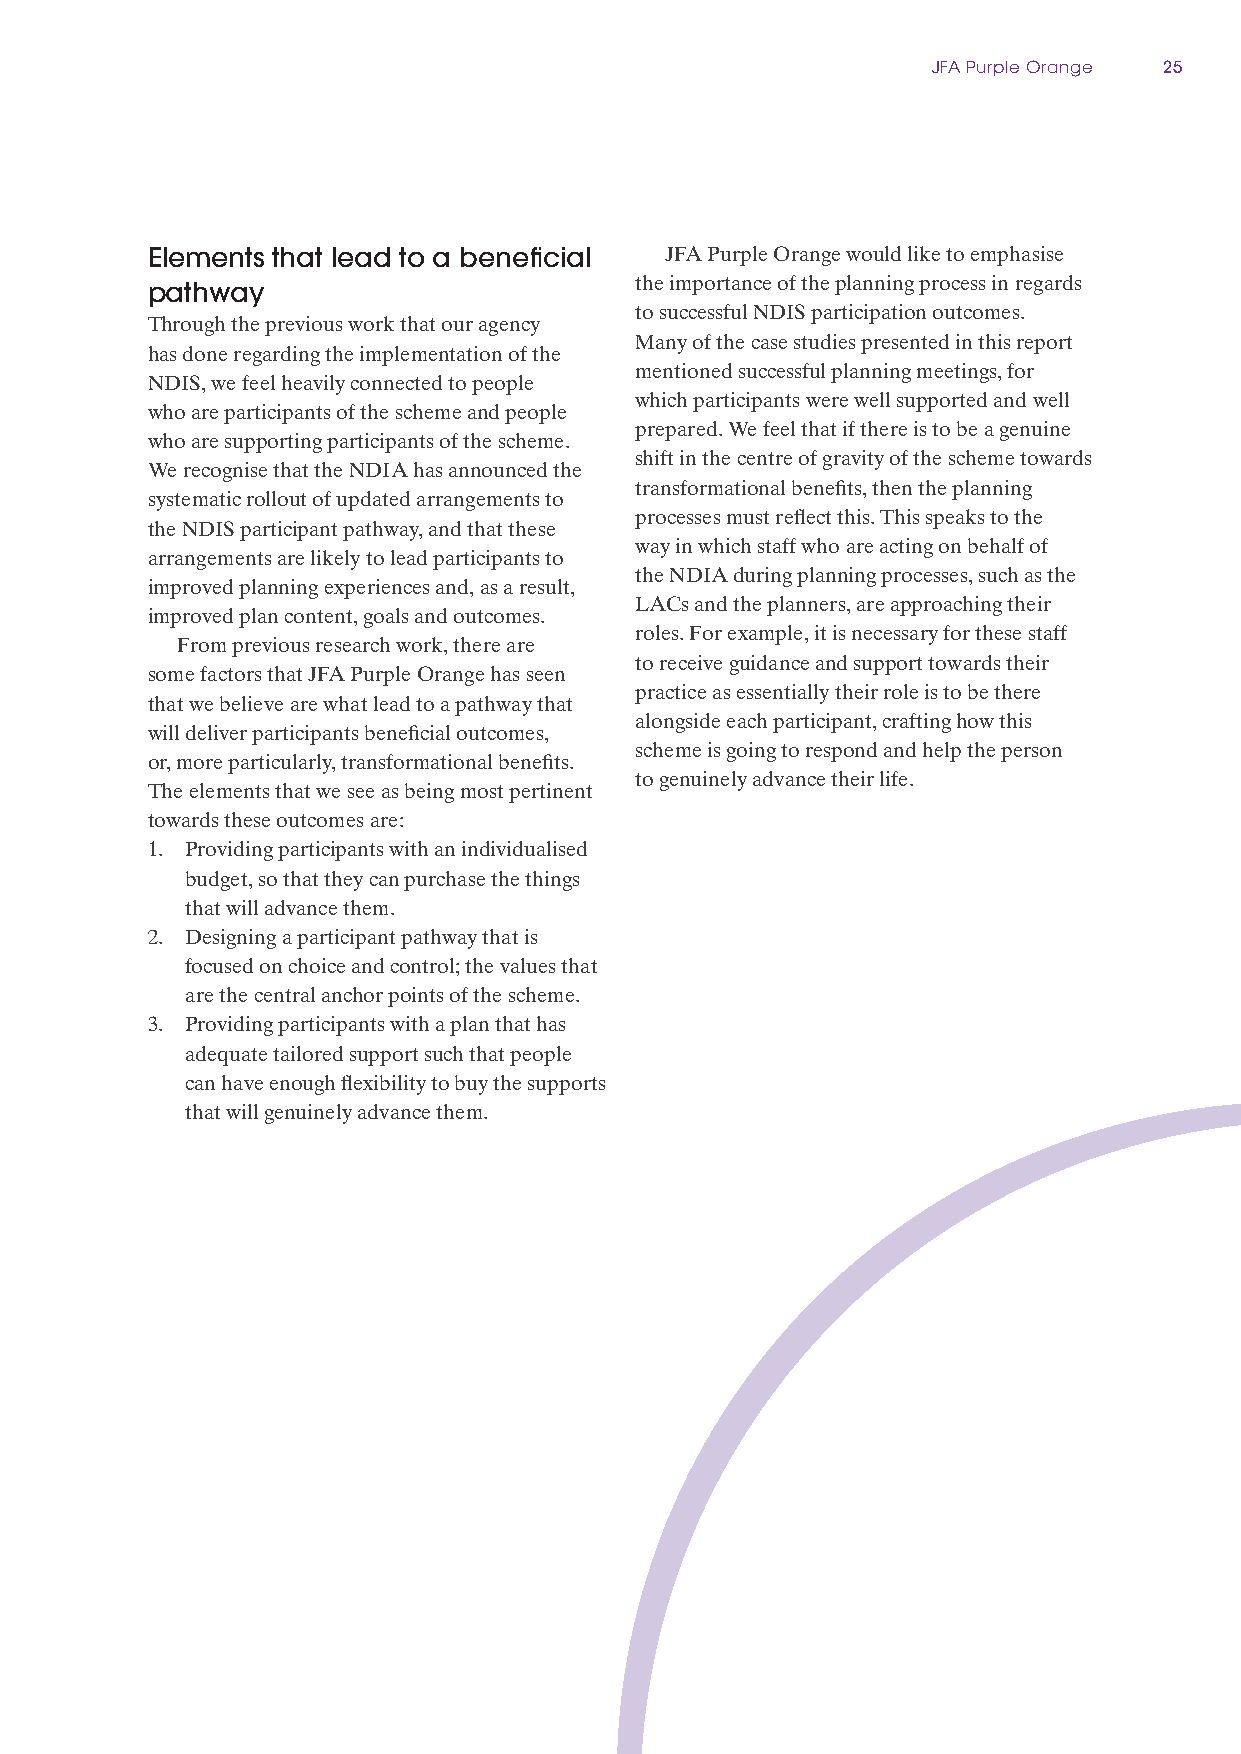
JFA Purple Orange 25
 Elements that lead to a beneficial JFA Purple Orange would like to emphasise
 the importance of the planning process in regards
 pathway
 to successful NDIS participation outcomes.
 Through the previous work that our agency
 Many of the case studies presented in this report
 has done regarding the implementation of the
 mentioned successful planning meetings, for
 NDIS, we feel heavily connected to people
 which participants were well supported and well
 who are participants of the scheme and people
 prepared. We feel that if there is to be a genuine
 who are supporting participants of the scheme.
 shift in the centre of gravity of the scheme towards
 We recognise that the NDIA has announced the
 transformational benefits, then the planning
 systematic rollout of updated arrangements to
 processes must reflect this. This speaks to the
 the NDIS participant pathway, and that these
 way in which staff who are acting on behalf of
 arrangements are likely to lead participants to
 the NDIA during planning processes, such as the
 improved planning experiences and, as a result,
 LACs and the planners, are approaching their
 improved plan content, goals and outcomes.
 roles. For example, it is necessary for these staff
 From previous research work, there are
 to receive guidance and support towards their
 some factors that JFA Purple Orange has seen
 practice as essentially their role is to be there
 that we believe are what lead to a pathway that
 alongside each participant, crafting how this
 will deliver participants beneficial outcomes,
 scheme is going to respond and help the person
 or, more particularly, transformational benefits.
 to genuinely advance their life.
 The elements that we see as being most pertinent
 towards these outcomes are:
 1. Providing participants with an individualised
 budget, so that they can purchase the things
 that will advance them.
 2. Designing a participant pathway that is
 focused on choice and control; the values that
 are the central anchor points of the scheme.
 3. Providing participants with a plan that has
 adequate tailored support such that people
 can have enough flexibility to buy the supports
 that will genuinely advance them.